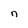
Character: n